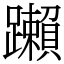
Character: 䠭